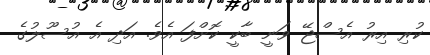
ކުރި އިރު އެސްޖޭ ވަނީ ބާކީ ކޮށްފަ އެވެ. އަދި އެ އުސޫލުގެ